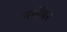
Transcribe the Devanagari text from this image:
नव्हेंबर